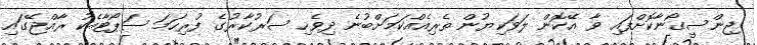
ޖިންސީގޯނާކޮށްފައި ވާ އޭކޮން ލަވަކިޔުން ތެރިއެއްކަމަށްބުނެ ދިވެހި ސަރުކާރުގެ ފުރިހަމަ ސަޕޯޓާއެކު ރާއްޖޭގައި